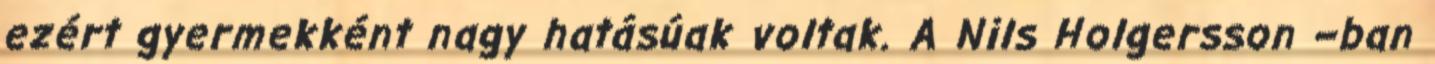
ezért gyermekként nagy hatásúak voltak. A Nils Holgersson –ban